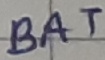
Text: BAT